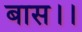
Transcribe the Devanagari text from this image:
बास।।